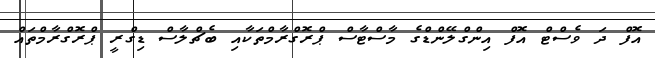
އޮފް ދަ ވެސްޓް އޮފް އިންގްލޭންޑްގެ މާސްޓާސް ޕްރޮގްރާމްތަކާއި ބެޗްލާސް ޑިގްރީ ޕްރޮގްރާމްތައް